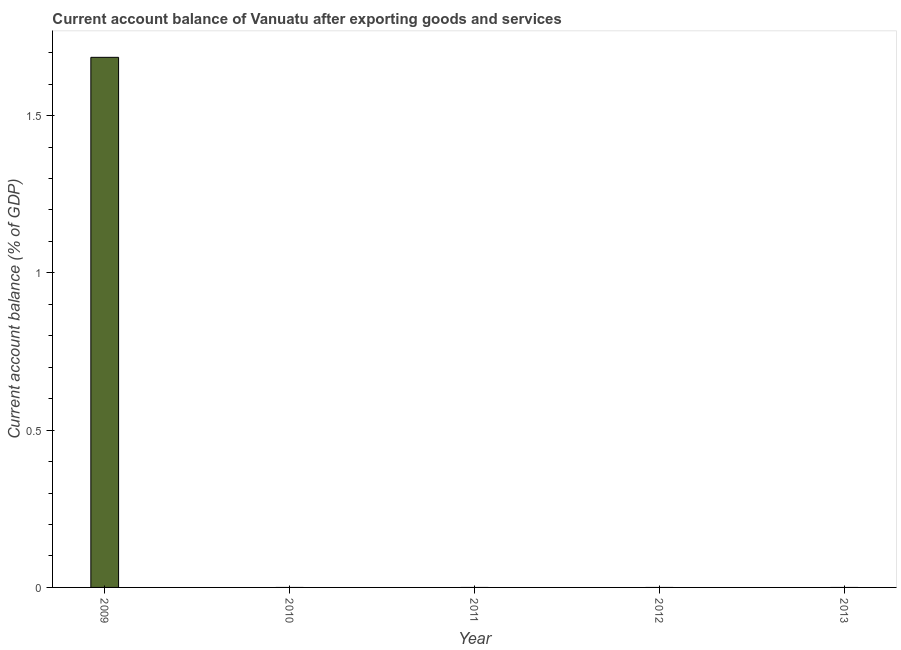
| Year | Current account balance |
 | --- | --- |
 | 2009 | 1.69 |
 | 2010 | -4.99 |
 | 2011 | -7.27 |
 | 2012 | -6.43 |
 | 2013 | -3.82 |